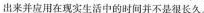
出来并应用在现实生活中的时间并不是很长久。